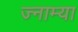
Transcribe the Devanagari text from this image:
ज्नाम्या